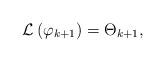
LaTeX: \begin{align*}\mathcal{L}\left( \varphi_{k+1} \right) = \Theta_{k+1},\end{align*}